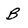
Character: B